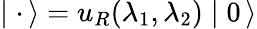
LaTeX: \mid{\mathbf\cdot}\, \rangle=u_{R}(\lambda_{1},\lambda_{2})\mid 0\, \rangle